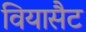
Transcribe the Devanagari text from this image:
वियासैट